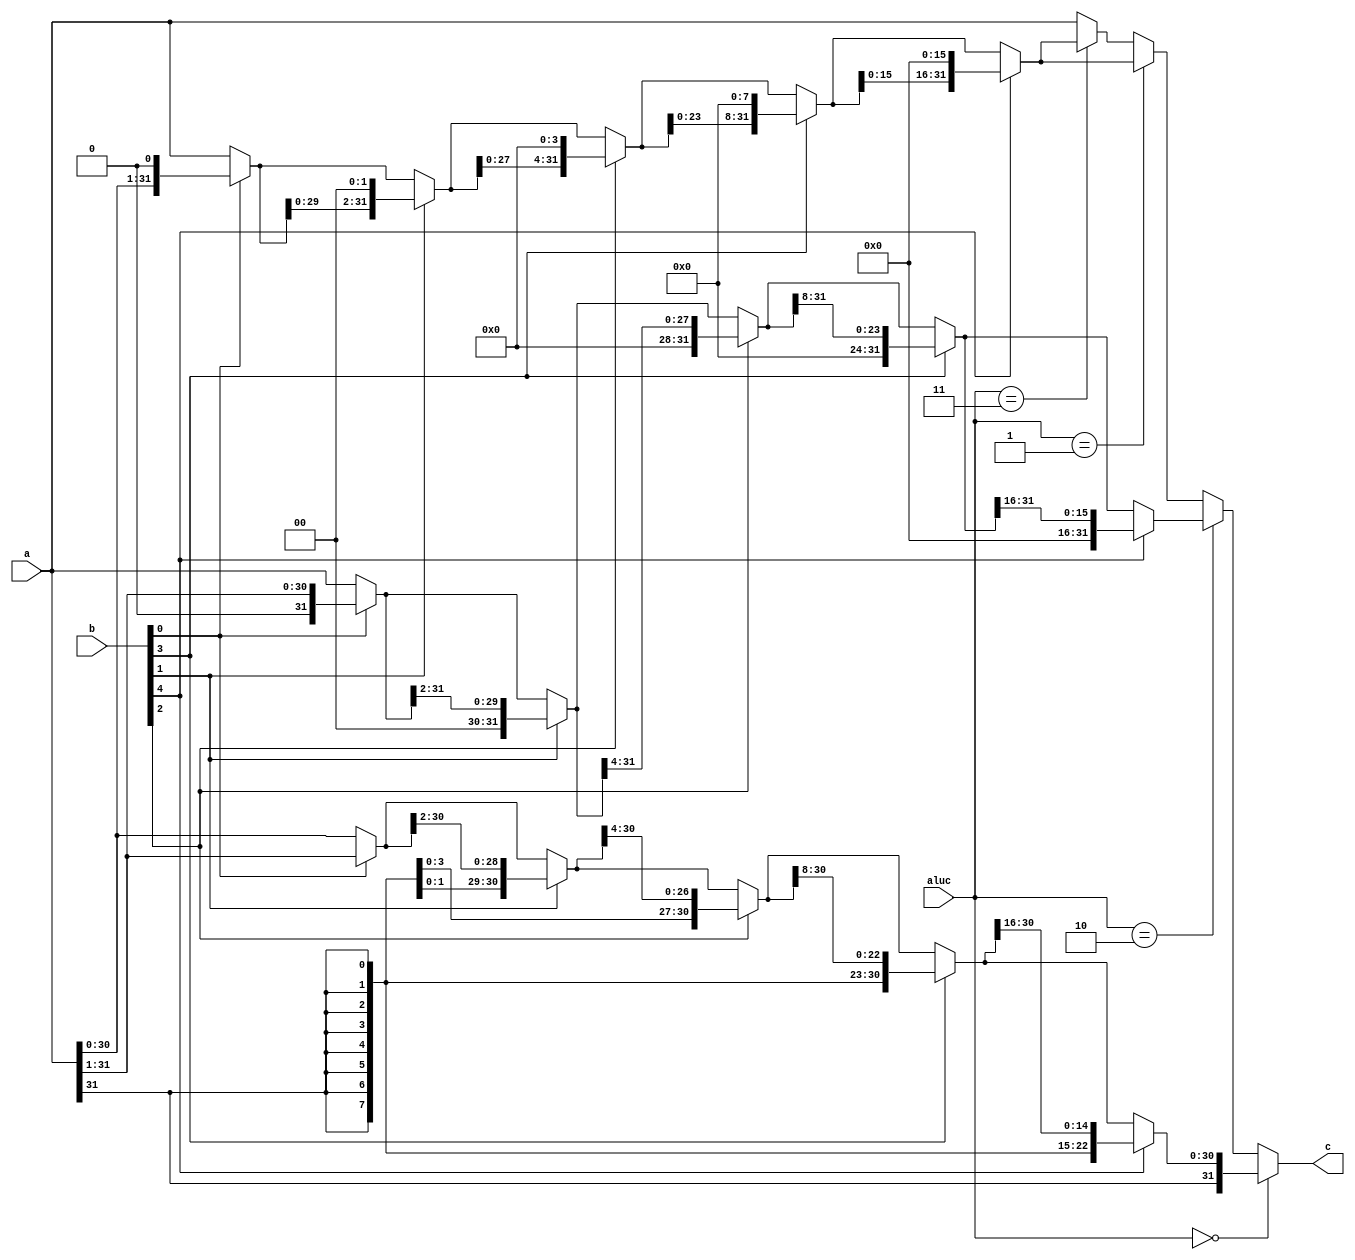
`timescale 1ns / 1ps
//////////////////////////////////////////////////////////////////////////////////
// Company: 
// Engineer: 
// 
// Design Name: 
// Module Name: barrelshifter32
// Project Name: 
// Target Devices: 
// Tool Versions: 
// Description: 
// 
// Dependencies: 
// 
// Revision:
// Revision 0.01 - File Created
// Additional Comments:
// 
//////////////////////////////////////////////////////////////////////////////////


module barrelshifter32(
    input [31:0] a,
    input [4:0] b,
    input [1:0] aluc,
    output reg signed [31:0] c
    );
    reg signed [31:0] temp;
    always @(*)
    begin
        temp=a;
        if(aluc==2'b00)
        begin
            if(b[0]==1)temp=temp>>>1;
            if(b[1]==1)temp=temp>>>2;
            if(b[2]==1)temp=temp>>>4;
            if(b[3]==1)temp=temp>>>8;
            if(b[4]==1)temp=temp>>>16;
        end
        else if(aluc==2'b10)
        begin
            if(b[0]==1)temp=temp>>1;
            if(b[1]==1)temp=temp>>2;
            if(b[2]==1)temp=temp>>4;
            if(b[3]==1)temp=temp>>8;
            if(b[4]==1)temp=temp>>16;
        end
        else if(aluc==2'b01)
        begin
            if(b[0]==1)temp=temp<<<1;
            if(b[1]==1)temp=temp<<<2;
            if(b[2]==1)temp=temp<<<4;
            if(b[3]==1)temp=temp<<<8;
            if(b[4]==1)temp=temp<<<16;
        end
        else if(aluc==2'b11)
        begin
            if(b[0]==1)temp=temp<<1;
            if(b[1]==1)temp=temp<<2;
            if(b[2]==1)temp=temp<<4;
            if(b[3]==1)temp=temp<<8;
            if(b[4]==1)temp=temp<<16;
        end
        c=temp;
    end
endmodule